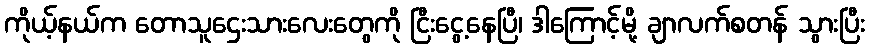
ကိုယ့်နယ်က တောသူဌေးသားလေးတွေကို ငြီးငွေ့နေပြီ၊ ဒါကြောင့်မို့ ချာလက်စတန် သွားပြီး